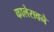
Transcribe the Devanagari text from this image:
कालेरावने